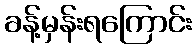
ခန့်မှန်းရကြောင်း